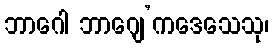
ဘာဂေါ ဘာဂျေ’ကဒေသေသု၊